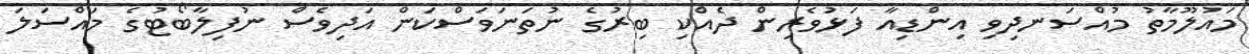
މައުލޫމާތު މުއްސަނދިވި އިންޑިއާ ފަޅުވެރިން ދެއްކި ބިރުގެ ނުތަނަވަސްކަން އަދިވެސް ނުފިލާބޯޓުގެ މައްސަލަ